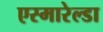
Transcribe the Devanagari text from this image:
एस्मारेल्डा